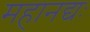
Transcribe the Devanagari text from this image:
महानद्यः